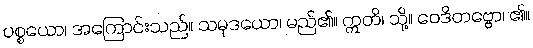
ပစ္စယော၊ အကြောင်းသည်။ သမုဒယော၊ မည်၏။ ဣတိ၊ သို့။ ဝေဒိတဗ္ဗော၊ ၏။